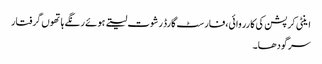
اینٹی کرپشن کی کارروائی،فارسٹ گارڈ رشوت لیتے ہوئے رنگے ہاتھوں گرفتار
سرگودھا۔